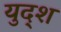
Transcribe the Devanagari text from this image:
युद्श